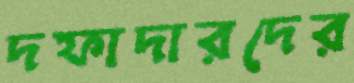
দফাদারদের